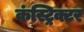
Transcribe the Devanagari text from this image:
कंस्ट्रिक्टर